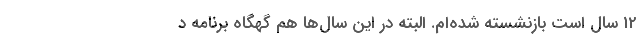
12 سال است بازنشسته شده‌ام. البته در این سال‌ها هم گهگاه برنامه د